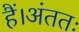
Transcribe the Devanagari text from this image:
हैं।अंततः